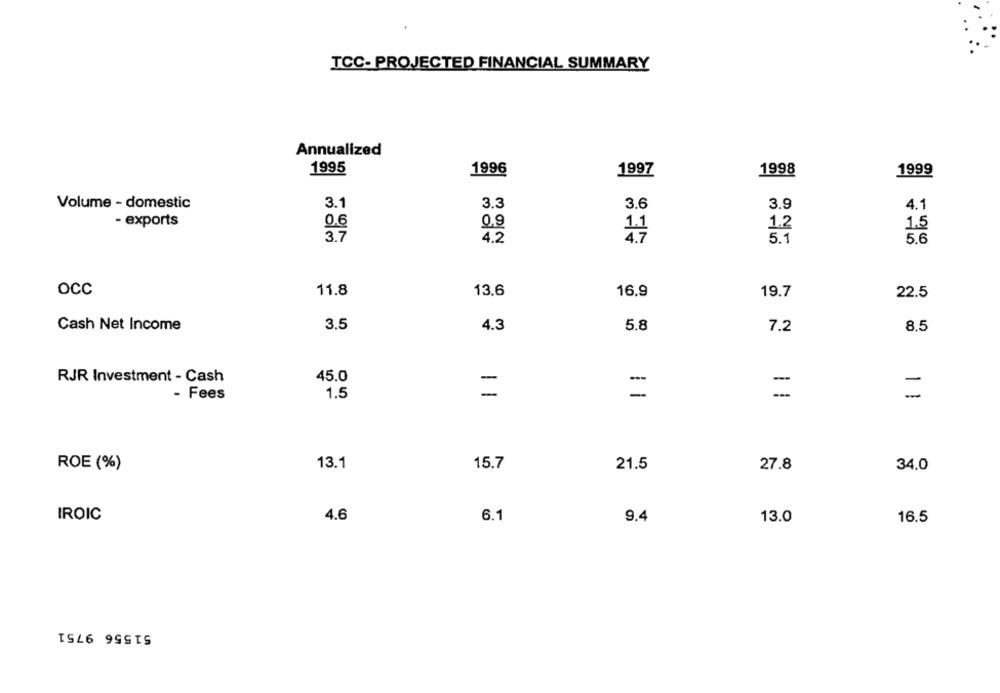
TCC- PROJECTED FINANCIAL SUMMARY
Annualized
1995
1996
1997
1998
1999
Volume - domestic
3.1
3.3
3.6
3.9
4.1
- exports
0.6
0,9
1.1
1.2
1.5
3.7
4.2
4.7
5.1
5.6
Occ
11.8
13.6
16.9
19.7
22.5
3.5
Cash Net Income
4.3
5.8
7.2
8.5
RJR Investment - Cash
45.0
-
=
- Fees
1.5
ROE (%)
13.1
15.7
21.5
27.8
34.0
IROIC
4.6
6.1
9.4
13.0
16.5
51556 9751